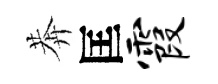
莾匡霞